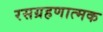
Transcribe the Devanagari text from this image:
रसग्रहणात्मक